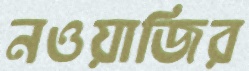
নওয়াজির